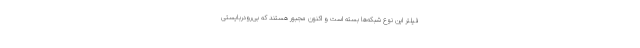
فیلتر این نوع شبکه‌ها بسته است و اکنون مجبور هستند که بی‌رودربایستی